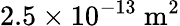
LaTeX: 2.5\times 10^{-13}\ \mathrm{m^{2}}